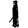
Digit: 1